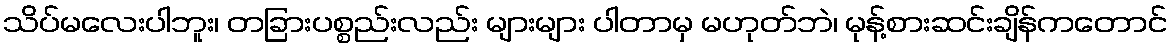
သိပ်မလေးပါဘူး၊ တခြားပစ္စည်းလည်း များများ ပါတာမှ မဟုတ်ဘဲ၊ မုန့်စားဆင်းချိန်ကတောင်